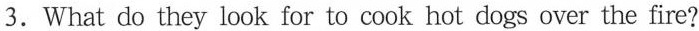
3_.What do they look for to cook hot dogs over the fire?